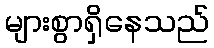
များစွာရှိနေသည်